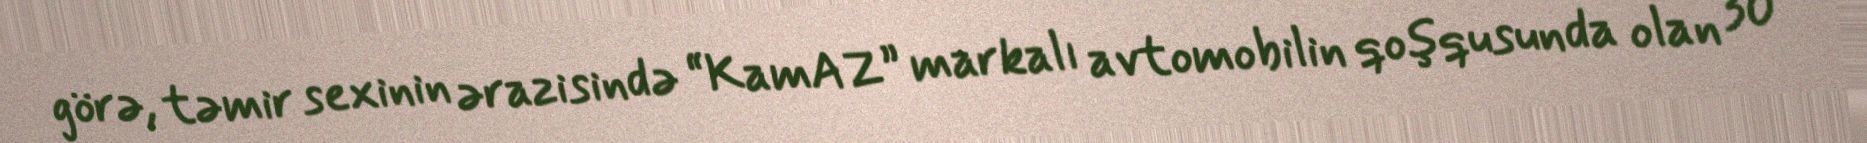
görə, təmir sexinin ərazisində “KamAZ” markalı avtomobilin qoşqusunda olan 30